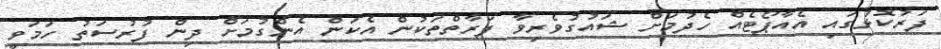
ފަރުކޮޅުގައި އެއާޕޯޓެއް ހެދުމަށް ޝައުގުވެރިވާ ފަރާތްތަކުން އެކަން އެންގުމަށް ދިން ފުރުސަތު ހަމަވީ